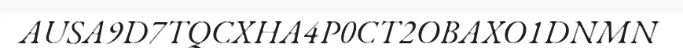
AUSA9D7TQCXHA4P0CT2OBAXO1DNMN